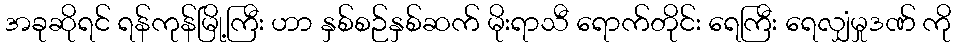
အခုဆိုရင် ရန်ကုန်မြို့ကြီး ဟာ နှစ်စဉ်နှစ်ဆက် မိုးရာသီ ရောက်တိုင်း ရေကြီး ရေလျှံမှုဒဏ် ကို